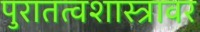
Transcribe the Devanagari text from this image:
पुरातत्वशास्त्रावर